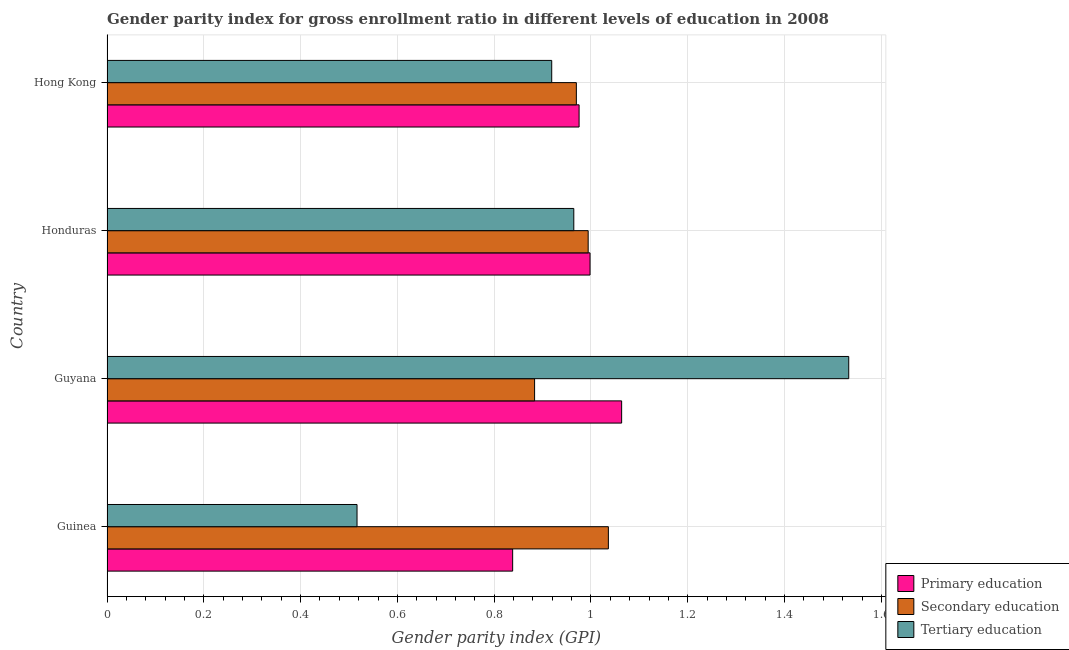
| Country | Primary education | Secondary education | Tertiary education |
 | --- | --- | --- | --- |
 | Guinea | 0.838 | 1.04 | 0.517 |
 | Guyana | 1.06 | 0.884 | 1.53 |
 | Honduras | 0.998 | 0.994 | 0.965 |
 | Hong Kong | 0.975 | 0.97 | 0.919 |